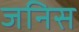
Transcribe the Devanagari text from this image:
जनिस